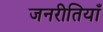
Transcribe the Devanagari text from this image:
जनरीतियाँ